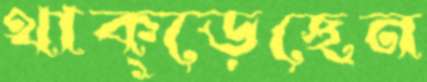
থাক্‌ড়েছেন